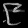
Digit: ၉